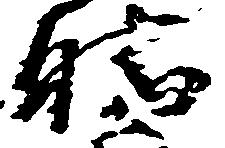
勝